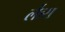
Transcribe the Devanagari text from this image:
र्लैब्स